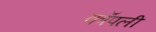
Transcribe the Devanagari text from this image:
कॉपली